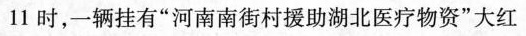
11时，一辆挂有”河南南街村援助湖北医疗物资”大红